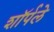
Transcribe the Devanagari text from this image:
शॉर्पले